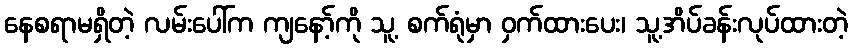
နေစရာမရှိတဲ့ လမ်းပေါ်က ကျနော့်ကို သူ့ စက်ရုံမှာ ဝှက်ထားပေး၊ သူ့အိပ်ခန်းလုပ်ထားတဲ့